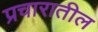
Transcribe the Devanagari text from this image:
प्रचारातील